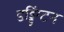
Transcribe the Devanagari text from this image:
डड्डिंग्टन